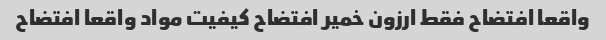
واقعا افتضاح فقط ارزون خمیر افتضاح کیفیت مواد واقعا افتضاح